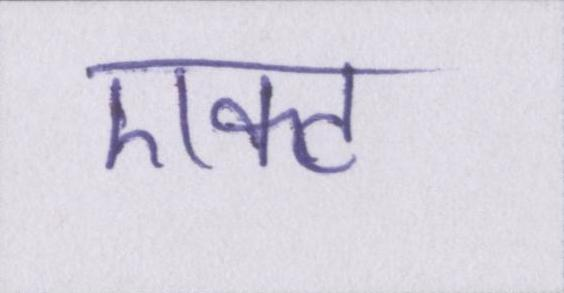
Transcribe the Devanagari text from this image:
एक्ट